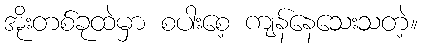
အိုးတစ်ခုထဲမှာ စပါးစေ့ ကျန်နေသေးသတဲ့။